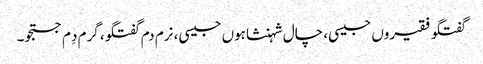
گفتگو فقیروں جیسی، چال شہنشاہوں جیسی، نرم دم گفتگو، گرم دِم جستجو۔